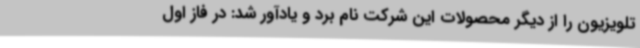
تلویزیون را از دیگر محصولات این شرکت نام برد و یادآور شد: در فاز اول